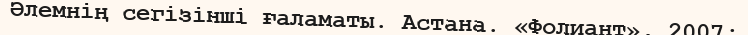
Әлемнің сегізінші ғаламаты. Астана. «Фолиант», 2007;